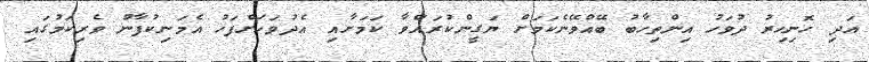
އަދި ހޮނިހިރު ދުވަހު އިންތިހާބު ބޭއްވޭނެކަމަށް ޔަގީންކުރައްވާ ކަމަށާއި އެދުވަހަށްފަހު އެމަނިކުފާނު ވެރިކަމުގައި